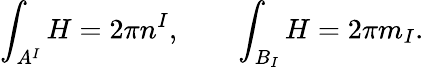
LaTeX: \int_{A^{I}}H=2\pi n^{I},\qquad\int_{B_{I}}H=2\pi m_{I}.